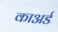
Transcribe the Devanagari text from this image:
काअर्ड